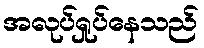
အလုပ်ရှုပ်နေသည်